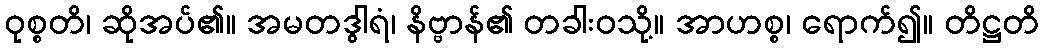
ဝုစ္စတိ၊ ဆိုအပ်၏။ အမတဒွါရံ၊ နိဗ္ဗာန်၏ တခါးဝသို့။ အာဟစ္စ၊ ရောက်၍။ တိဋ္ဌတိ